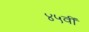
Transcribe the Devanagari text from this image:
४५वीं